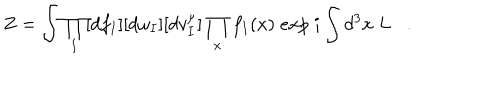
Z = \int \prod _ { I } [ d f _ { I } ] [ d \omega _ { I } ] [ d v _ { I } ^ { \mu } ] \prod _ { x } f _ { I } ( x ) \; e x p \; i \int d ^ { 3 } x \; L .